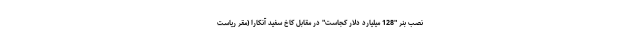
نصب بنر "128 میلیارد دلار کجاست" در مقابل کاخ سفید آنکارا (مقر ریاست